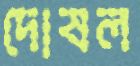
দোষল